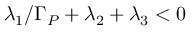
\lambda _ { 1 } / \Gamma _ { P } + \lambda _ { 2 } + \lambda _ { 3 } < 0